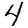
Digit: 4